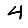
Digit: 4